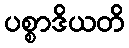
ပစ္စာဒိယတိ